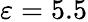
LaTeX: \varepsilon=5.5